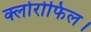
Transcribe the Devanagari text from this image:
क्लोरोफिल।